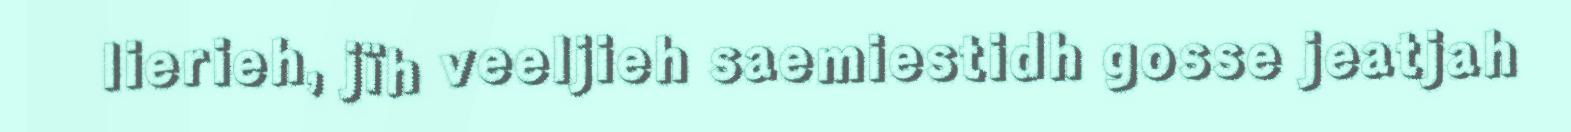
lierieh, jïh veeljieh saemiestidh gosse jeatjah